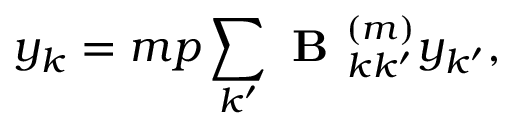
y _ { k } = m p \sum _ { k ^ { \prime } } \textbf { B } _ { k k ^ { \prime } } ^ { ( m ) } y _ { k ^ { \prime } } ,